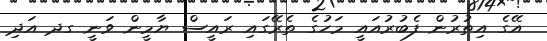
އޭގެ އިތުރުން ފެބުރުއައީ މަހުގެ ތެރޭގައި ރައީސް ޔާމީން ވަނީ ގދ އަދި